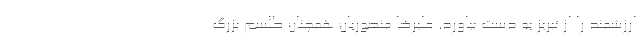
ارزشمند را از تبریز به دست بیاورد. علیرضا منصوریان همچنان طلسم بزرگ